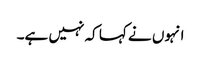
انہوں نے کہا کہ نہیں ہے۔